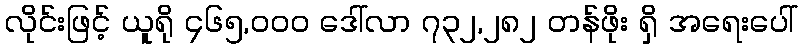
လိုင်းဖြင့် ယူရို ၄၆၅,၀၀၀ ဒေါ်လာ ၇၃၂,၂၈၂ တန်ဖိုး ရှိ အရေးပေါ်